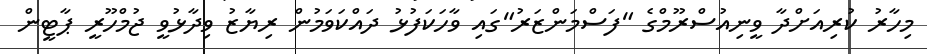
މިހާރު ކުރިއަށްދާ ވީނިއުސްރޫމްގެ "ފަސްމަންޒަރު"ގައި ވާހަކަފުޅު ދައްކަވަމުން ރިޔާޒު ވިދާޅުވީ ޖުމްހޫރީ ޕާޓީން